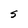
Character: S